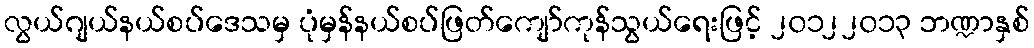
လွယ်ဂျယ်နယ်စပ်ဒေသမှ ပုံမှန်နယ်စပ်ဖြတ်ကျော်ကုန်သွယ်ရေးဖြင့် ၂၀၁၂၂၀၁၃ ဘဏ္ဍာနှစ်